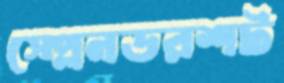
স্প্লেনডরশট